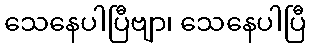
သေနေပါပြီဗျာ၊ သေနေပါပြီ